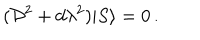
( { \cal D } ^ { 2 } + d \lambda ^ { 2 } ) | S \rangle = 0 \, .